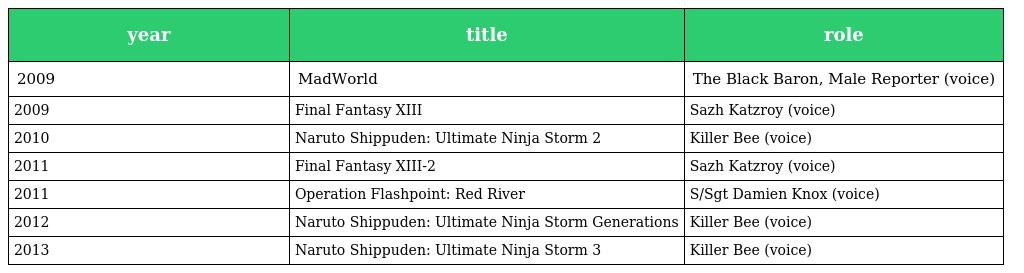
| year | title | role |
 | --- | --- | --- |
 | 2009 | MadWorld | The Black Baron, Male Reporter (voice) |
 | 2009 | Final Fantasy XIII | Sazh Katzroy (voice) |
 | 2010 | Naruto Shippuden: Ultimate Ninja Storm 2 | Killer Bee (voice) |
 | 2011 | Final Fantasy XIII-2 | Sazh Katzroy (voice) |
 | 2011 | Operation Flashpoint: Red River | S/Sgt Damien Knox (voice) |
 | 2012 | Naruto Shippuden: Ultimate Ninja Storm Generations | Killer Bee (voice) |
 | 2013 | Naruto Shippuden: Ultimate Ninja Storm 3 | Killer Bee (voice) |